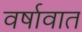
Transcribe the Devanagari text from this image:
वर्षावात